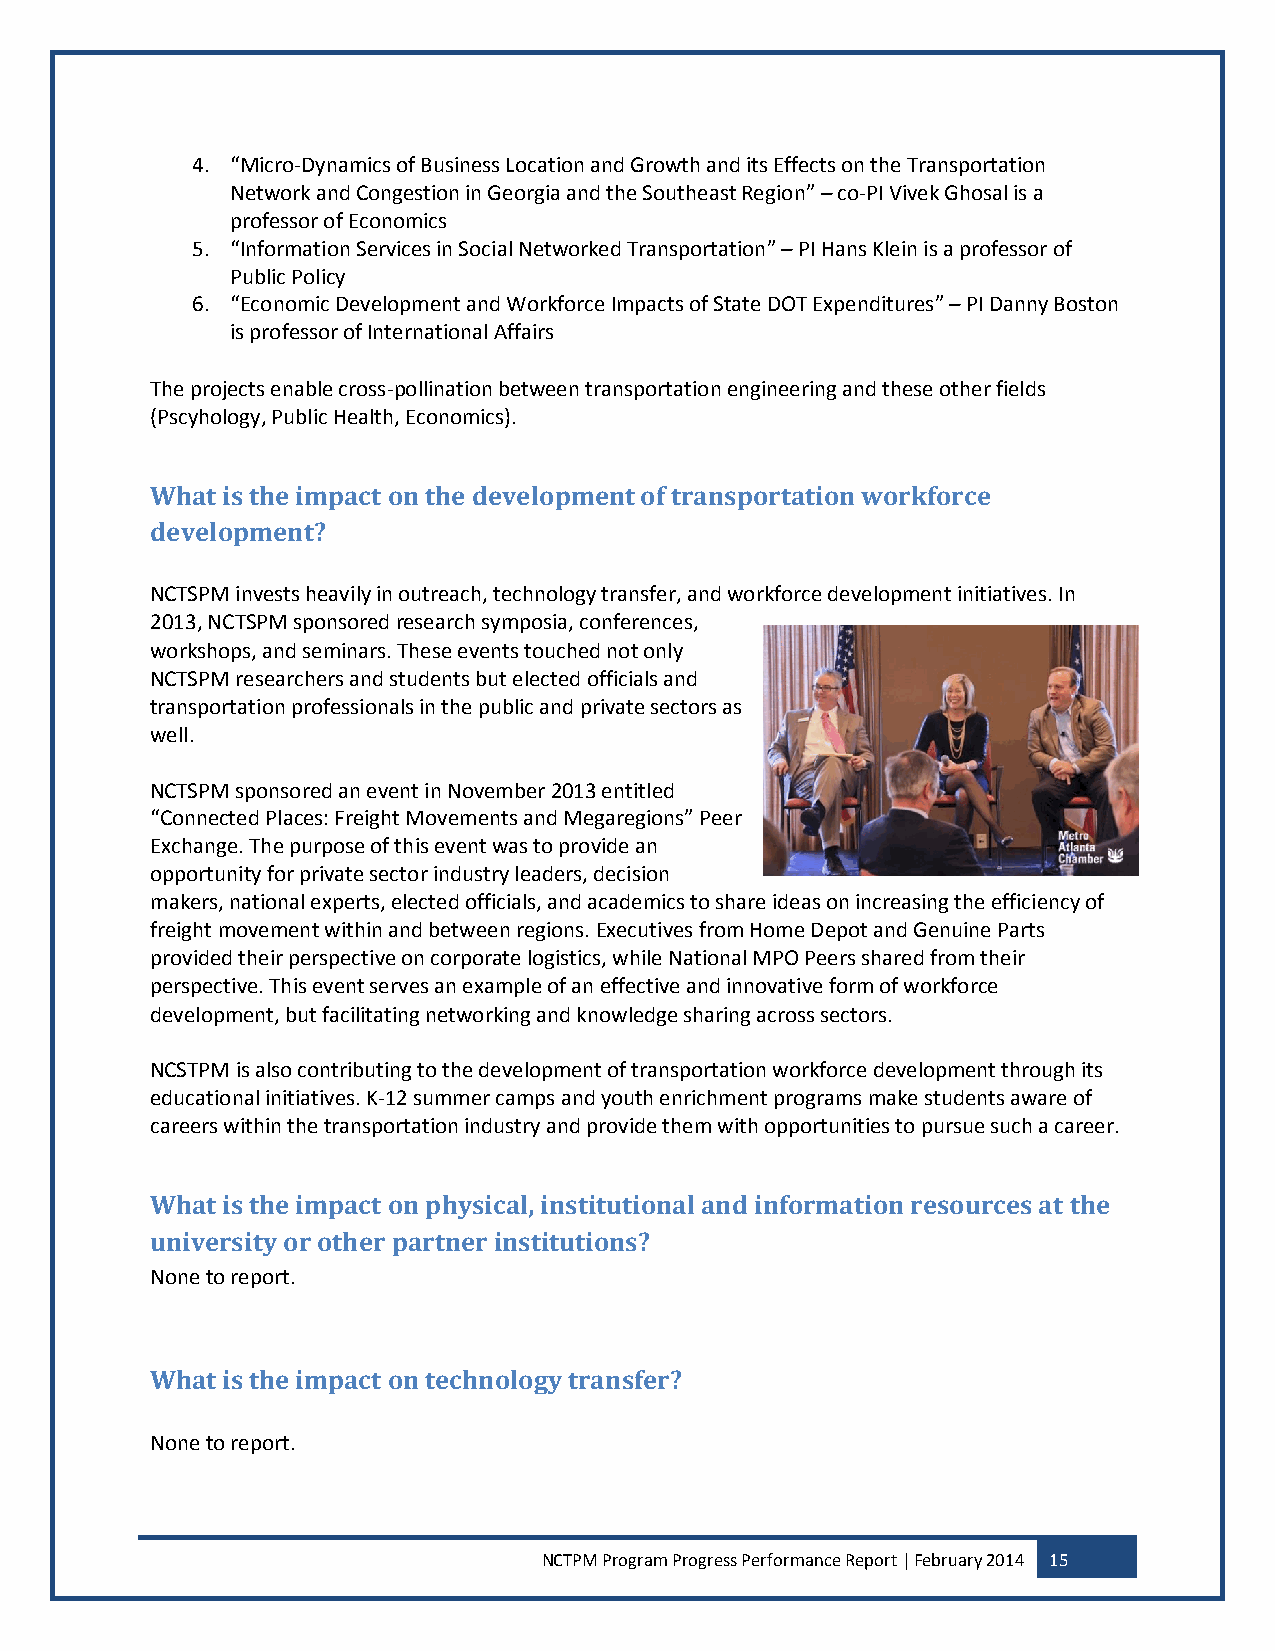
4. “Micro-Dynamics of Business Location and Growth and its Effects on the Transportation
 Network and Congestion in Georgia and the Southeast Region” – co-PI Vivek Ghosal is a
 professor of Economics
 5. “Information Services in Social Networked Transportation” – PI Hans Klein is a professor of
 Public Policy
 6. “Economic Development and Workforce Impacts of State DOT Expenditures” – PI Danny Boston
 is professor of International Affairs
 The projects enable cross-pollination between transportation engineering and these other fields
 (Pscyhology, Public Health, Economics).
 What is the impact on the development of transportation workforce
 development?
 NCTSPM invests heavily in outreach, technology transfer, and workforce development initiatives. In
 2013, NCTSPM sponsored research symposia, conferences,
 workshops, and seminars. These events touched not only
 NCTSPM researchers and students but elected officials and
 transportation professionals in the public and private sectors as
 well.
 NCTSPM sponsored an event in November 2013 entitled
 “Connected Places: Freight Movements and Megaregions” Peer
 Exchange. The purpose of this event was to provide an
 opportunity for private sector industry leaders, decision
 makers, national experts, elected officials, and academics to share ideas on increasing the efficiency of
 freight movement within and between regions. Executives from Home Depot and Genuine Parts
 provided their perspective on corporate logistics, while National MPO Peers shared from their
 perspective. This event serves an example of an effective and innovative form of workforce
 development, but facilitating networking and knowledge sharing across sectors.
 NCSTPM is also contributing to the development of transportation workforce development through its
 educational initiatives. K-12 summer camps and youth enrichment programs make students aware of
 careers within the transportation industry and provide them with opportunities to pursue such a career.
 What is the impact on physical, institutional and information resources at the
 university or other partner institutions?
 None to report.
 What is the impact on technology transfer?
 None to report.
 NCTPM Program Progress Performance Report | February 2014 15